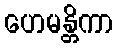
ဟေမန္တိကာ